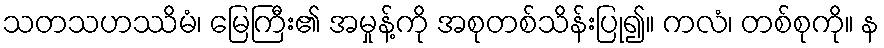
သတသဟဿိမံ၊ မြေကြီး၏ အမှုန့်ကို အစုတစ်သိန်းပြု၍။ ကလံ၊ တစ်စုကို။ န